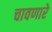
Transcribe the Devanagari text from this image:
चावणारे